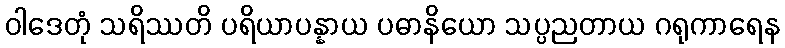
ဝါဒေတုံ သရိဿတိ ပရိယာပန္နာယ ပဓာနိယော သပ္ပညတာယ ဂရုကာရေန